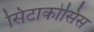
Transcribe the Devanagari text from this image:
सिटाकोसिस